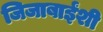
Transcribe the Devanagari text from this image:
जिजाबाईंशी